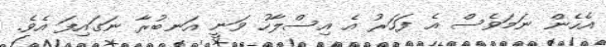
އެހެން ނަމަވެސް އެ ފަހަރު އެ އިސްލާހު ވަނީ އަނބުރާ ނަގައިފަ އެވެ.